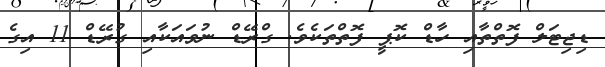
ޑިޖިޓަލް ފޮތްތާއި ހާޑް ކޮޕީ ފޮތްތަކެވެ. ގްރޭޑް ނުވައަކާއި ގުރޭޑް 11 އިގެ